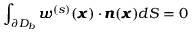
\int _ { \partial D _ { b } } { \pmb w } ^ { ( s ) } ( { \pmb x } ) \cdot { \pmb n } ( { \pmb x } ) d S = 0